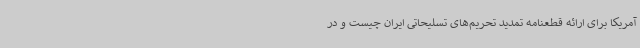
آمریکا برای ارائه قطعنامه تمدید تحریم‌های تسلیحاتی ایران چیست و در